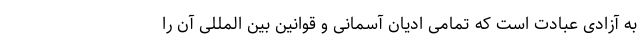
به آزادی عبادت است که تمامی ادیان آسمانی و قوانین بین المللی آن را